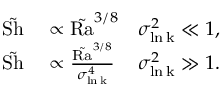
\begin{array} { r l r } { \tilde { \mathrm { S h } } } & { { } \propto \tilde { \mathrm { R a } } ^ { 3 / 8 } } & { \sigma _ { \mathrm { \ln k } } ^ { 2 } \ll 1 , } \\ { \tilde { \mathrm { S h } } } & { { } \propto \frac { \tilde { \mathrm { R a } } ^ { 3 / 8 } } { \sigma _ { \mathrm { \ln k } } ^ { 4 } } } & { \sigma _ { \mathrm { \ln k } } ^ { 2 } \gg 1 . } \end{array}